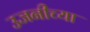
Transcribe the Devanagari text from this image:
उजनीच्या